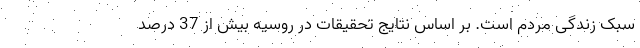
سبک زندگی مردم است. بر اساس نتایج تحقیقات در روسیه بیش از 37 درصد